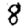
Digit: 8